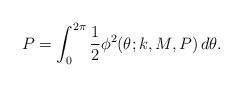
LaTeX: \begin{align*} P = \int_0^{2\pi} \frac{1}{2}\phi^2(\theta;k,M,P)\,d\theta.\end{align*}